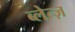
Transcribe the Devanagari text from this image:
ब्लेत्ज़